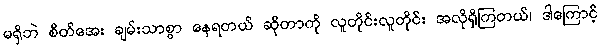
မရှိဘဲ စိတ်အေး ချမ်းသာစွာ နေရတယ် ဆိုတာကို လူတိုင်းလူတိုင်း အလိုရှိကြတယ်၊ ဒါကြောင့်